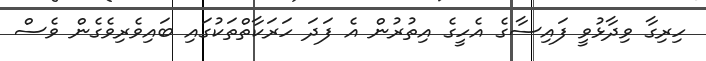
ހިރިގާ ވިދާޅުވީ ފައިސާގެ އެހީގެ އިތުރުން އެ ފަދަ ހަރަކާތްތަކުގައި ބައިވެރިވެގެން ވެސް